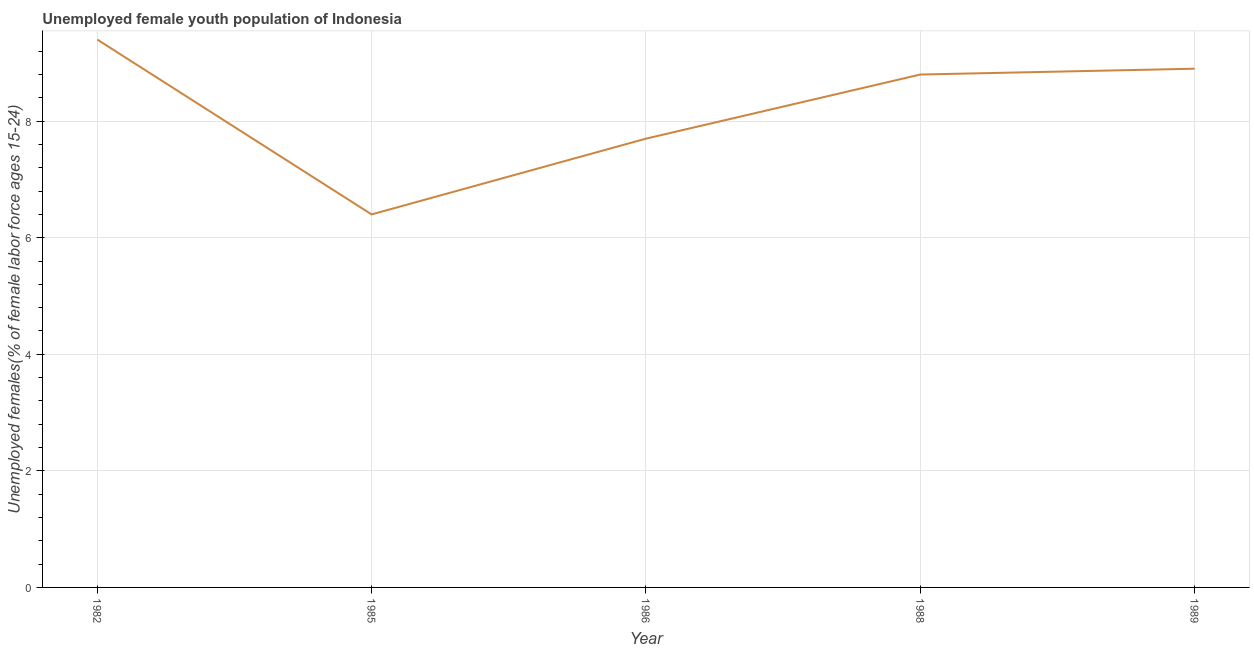
| Year | Unemployment youth female |
 | --- | --- |
 | 1982 | 9.4 |
 | 1985 | 6.4 |
 | 1986 | 7.7 |
 | 1988 | 8.8 |
 | 1989 | 8.9 |